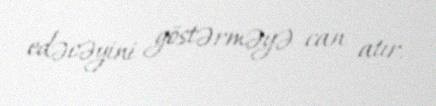
edəcəyini göstərməyə can atır.